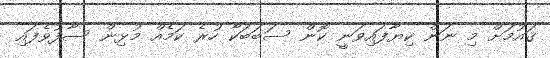
ޤައުމަށް މި ނަން ކިޔާފައިވަނީ ކޮން ސަބަބަކާ ހުރެ ކަމެެއް މުޅިން ސާފުވެފައި